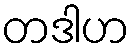
တဒါဟ